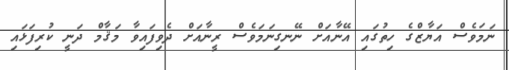
ނަމަވެސް އަޔާޒްގެ ހިތުގައި އޭނާއަށް ނޭނގިނަމަވެސް ރީނާއަށް ދެވިފައިވާ މަޤާމް ދަނީ ކުރިފަޅައި